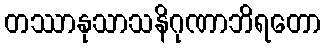
တဿာနုသာသနိဂုဏာဘိရတော